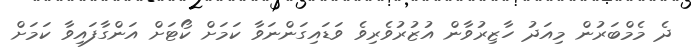
ދެ މެމްބަރުން މިއަދު ހާޒިރުވާން އުޒުރުވެރިވެ ވަޑައިގަންނަވާ ކަމަށް ކޯޓަށް އަންގާފައިވާ ކަމަށް